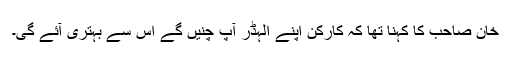
خان صاحب کا کہنا تھا کہ کارکن اپنے الہڈر آپ چنیں گے اس سے بہتری آئے گی۔